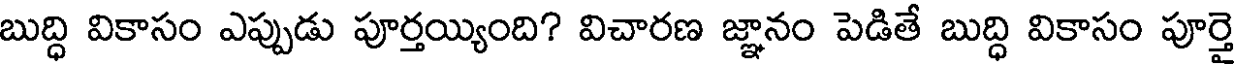
బుద్ధి వికాసం ఎప్పుడు పూర్తయ్యింది? విచారణ జ్ఞానం పెడితే బుద్ధి వికాసం పూర్తై